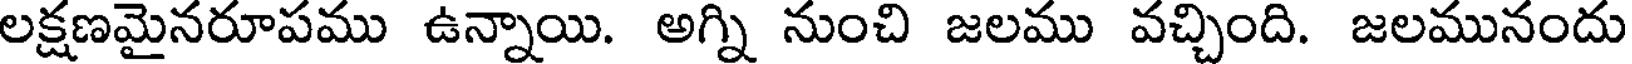
లక్షణమైనరూపము ఉన్నాయి. అగ్ని నుంచి జలము వచ్చింది. జలమునందు